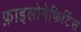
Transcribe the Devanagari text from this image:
फ़ाइलोनेफिर्टिस